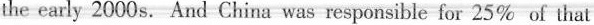
the early 2000s. And China was responsible for 25% of that